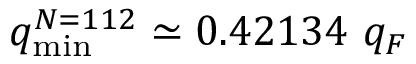
q _ { \mathrm { m i n } } ^ { N = 1 1 2 } \simeq 0 . 4 2 1 3 4 ~ q _ { F }